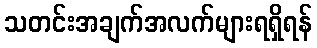
သတင်းအချက်အလက်များရရှိရန်